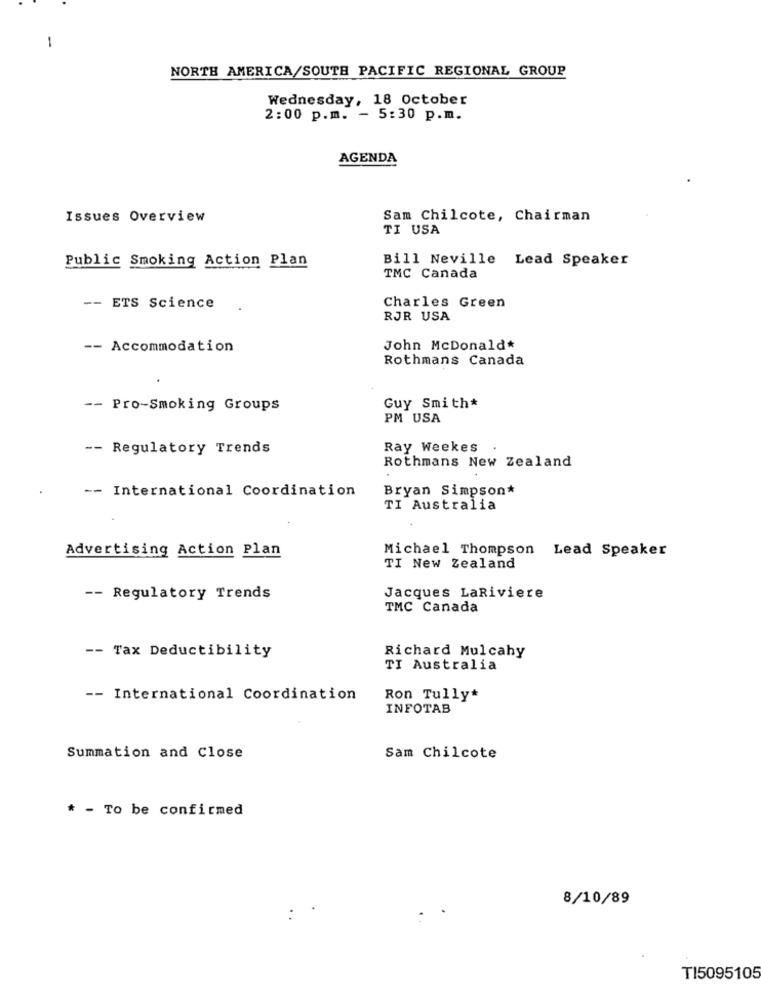
-
NORTH AMERICA/SOUTH PACIFIC REGIONAL GROUP
Wednesday, 18 October
2:00 p.m. - 5:30 p.m.
AGENDA
Issues Overview
Sam Chilcote, Chairman
TI USA
Public Smoking Action Plan
Bill Neville Lead Speaker
TMC Canada
Charles Green
-- ETS Science
RJR USA
-- Accommodation
John McDonald*
Rothmans Canada
- Pro-Smoking Groups
Guy Smith*
PM USA
-- Regulatory Trends
Ray Weekes
Rothmans New Zealand
-- International Coordination
Bryan Simpson*
TI Australia
Advertising Action Plan
Michael Thompson Lead Speaker
TI New Zealand
-- Regulatory Trends
Jacques LaRiviere
TMC Canada
-- Tax Deductibility
Richard Mulcahy
TI Australia
-- International Coordination
Ron Tully*
INFOTAB
Summation and Close
Sam Chilcote
* - To be confirmed
8/10/89
T15095105